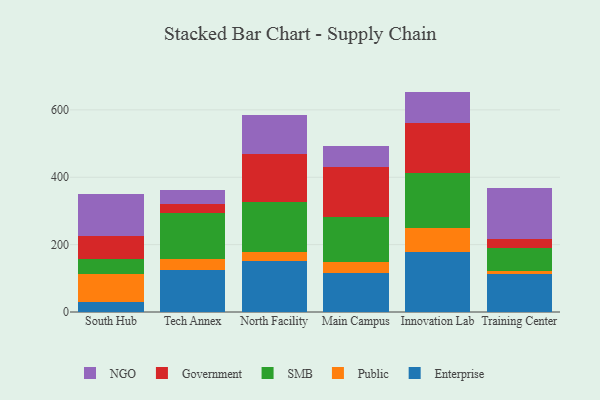
{"axis": {"x": "Campus", "y": "Temperature (°C)"}, "legend": ["Enterprise", "Government", "NGO", "Public", "SMB"], "data": [{"x": "South Hub", "y": 31.0, "type": "Enterprise"}, {"x": "South Hub", "y": 82.9, "type": "Public"}, {"x": "South Hub", "y": 42.5, "type": "SMB"}, {"x": "South Hub", "y": 68.3, "type": "Government"}, {"x": "South Hub", "y": 127.1, "type": "NGO"}, {"x": "Tech Annex", "y": 123.3, "type": "Enterprise"}, {"x": "Tech Annex", "y": 35.4, "type": "Public"}, {"x": "Tech Annex", "y": 135.6, "type": "SMB"}, {"x": "Tech Annex", "y": 25.1, "type": "Government"}, {"x": "Tech Annex", "y": 42.9, "type": "NGO"}, {"x": "North Facility", "y": 152.0, "type": "Enterprise"}, {"x": "North Facility", "y": 26.6, "type": "Public"}, {"x": "North Facility", "y": 147.1, "type": "SMB"}, {"x": "North Facility", "y": 143.2, "type": "Government"}, {"x": "North Facility", "y": 114.9, "type": "NGO"}, {"x": "Main Campus", "y": 116.4, "type": "Enterprise"}, {"x": "Main Campus", "y": 31.8, "type": "Public"}, {"x": "Main Campus", "y": 134.1, "type": "SMB"}, {"x": "Main Campus", "y": 148.1, "type": "Government"}, {"x": "Main Campus", "y": 61.5, "type": "NGO"}, {"x": "Innovation Lab", "y": 179.5, "type": "Enterprise"}, {"x": "Innovation Lab", "y": 70.0, "type": "Public"}, {"x": "Innovation Lab", "y": 163.1, "type": "SMB"}, {"x": "Innovation Lab", "y": 149.0, "type": "Government"}, {"x": "Innovation Lab", "y": 92.7, "type": "NGO"}, {"x": "Training Center", "y": 111.6, "type": "Enterprise"}, {"x": "Training Center", "y": 9.6, "type": "Public"}, {"x": "Training Center", "y": 68.9, "type": "SMB"}, {"x": "Training Center", "y": 26.8, "type": "Government"}, {"x": "Training Center", "y": 150.1, "type": "NGO"}]}